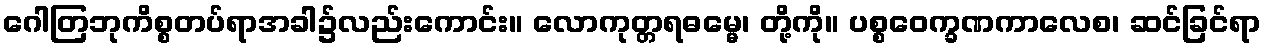
ဂေါတြဘုကိစ္စတပ်ရာအခါ၌လည်းကောင်း။ လောကုတ္တရဓမ္မေ၊ တို့ကို။ ပစ္စဝေက္ခဏကာလေစ၊ ဆင်ခြင်ရာ